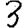
Digit: 3